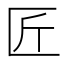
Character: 匠